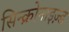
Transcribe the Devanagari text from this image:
सिन्क्रोनाइज़्ड